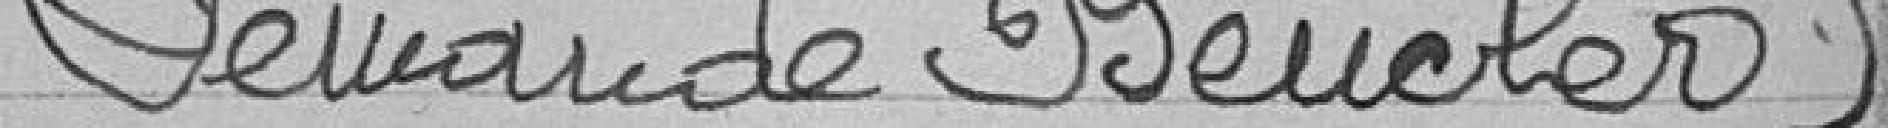
Demande de Beucler